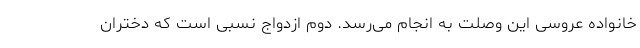
خانواده عروسی این وصلت به انجام می‌رسد. دوم ازدواج نسبی است که دختران